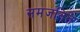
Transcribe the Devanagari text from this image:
समजनित